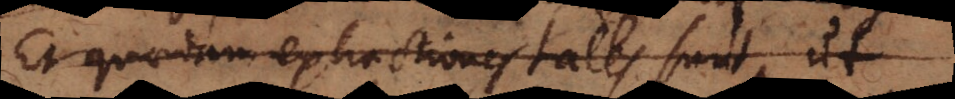
Et quantam extractiones tales sunt it